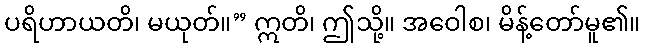
ပရိဟာယတိ၊ မယုတ်။” ဣတိ၊ ဤသို့။ အဝေါစ၊ မိန့်တော်မူ၏။